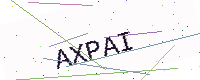
Text: AXPAI